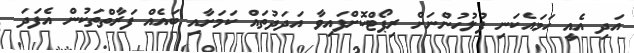
އަދި އެއީ ހަމައެކަނި ފުލުހުންނަށް ރިޕޯޓްކޮށްފައިވާ އަދަދުތައް ކަމަށާއި ބައެއް ފަރާތްތަކުން އެފަދަ